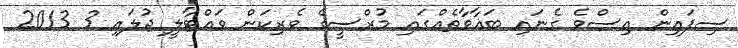
ސިފައިން އިސްވެ ގެނައި ބަޣާވާތެއްގައި މުރްސީގެ ވެރިކަން ވައްޓާލީ ޖުލައި 3 2013